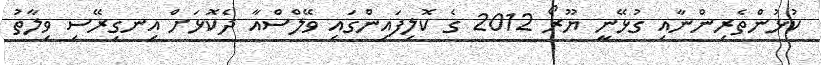
ކުޅުންތެރިންނާއި ގުޅޭނީ ޔޫރޯ 2012 ގެ ކޮލިފައިންގައި ވޭލްސްއާ ދެކޮޅަށް އިނގިރޭސި ވިލާތު